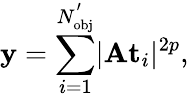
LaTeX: \mathbf{y}=\sum_{i=1}^{N_{\mathrm{{obj}}}^{'}}\lvert\mathbf{A}\mathbf{t}_{i}\rvert^{2p},